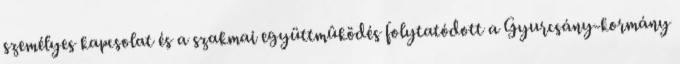
személyes kapcsolat és a szakmai együttmûködés folytatódott a Gyurcsány-kormány